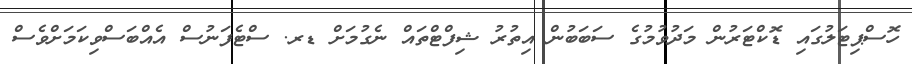
ހޮސްޕިޓަލުގައި ޑޮކްޓަރުން މަދުވުމުގެ ސަބަބުން އިތުރު ޝިފްޓްތައް ނެގުމަށް ޑރ. ސްޓެފަނުސް އެއްބަސްވިކަމަށްވެސް